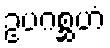
ဥပဂစ္ဆဟံ